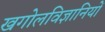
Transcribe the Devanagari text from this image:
खगोलविज्ञानियों